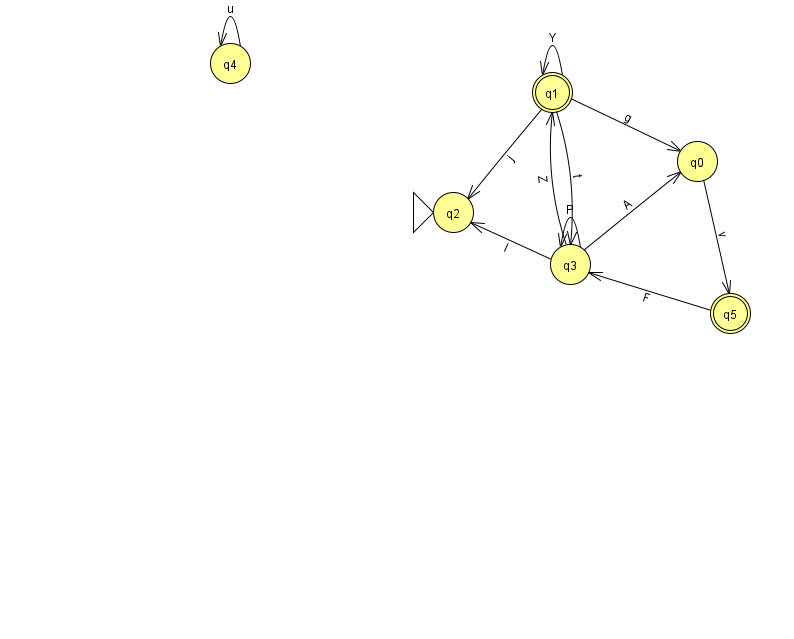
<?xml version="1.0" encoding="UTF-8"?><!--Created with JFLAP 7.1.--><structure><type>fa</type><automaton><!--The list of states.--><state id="0" name="q0"><x>697.0</x><y>148.0</y></state><state id="1" name="q1"><x>552.0</x><y>79.0</y><final/></state><state id="2" name="q2"><x>453.0</x><y>199.0</y><initial/></state><state id="3" name="q3"><x>570.0</x><y>251.0</y></state><state id="4" name="q4"><x>230.0</x><y>50.0</y></state><state id="5" name="q5"><x>730.0</x><y>300.0</y><final/></state><!--The list of transitions.--><transition><from>3</from><to>1</to><read>Z</read></transition><transition><from>3</from><to>3</to><read>P</read></transition><transition><from>3</from><to>2</to><read>l</read></transition><transition><from>4</from><to>4</to><read>u</read></transition><transition><from>3</from><to>0</to><read>A</read></transition><transition><from>1</from><to>1</to><read>Y</read></transition><transition><from>5</from><to>3</to><read>F</read></transition><transition><from>1</from><to>0</to><read>g</read></transition><transition><from>1</from><to>2</to><read>j</read></transition><transition><from>1</from><to>3</to><read>t</read></transition><transition><from>0</from><to>5</to><read>v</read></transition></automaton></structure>